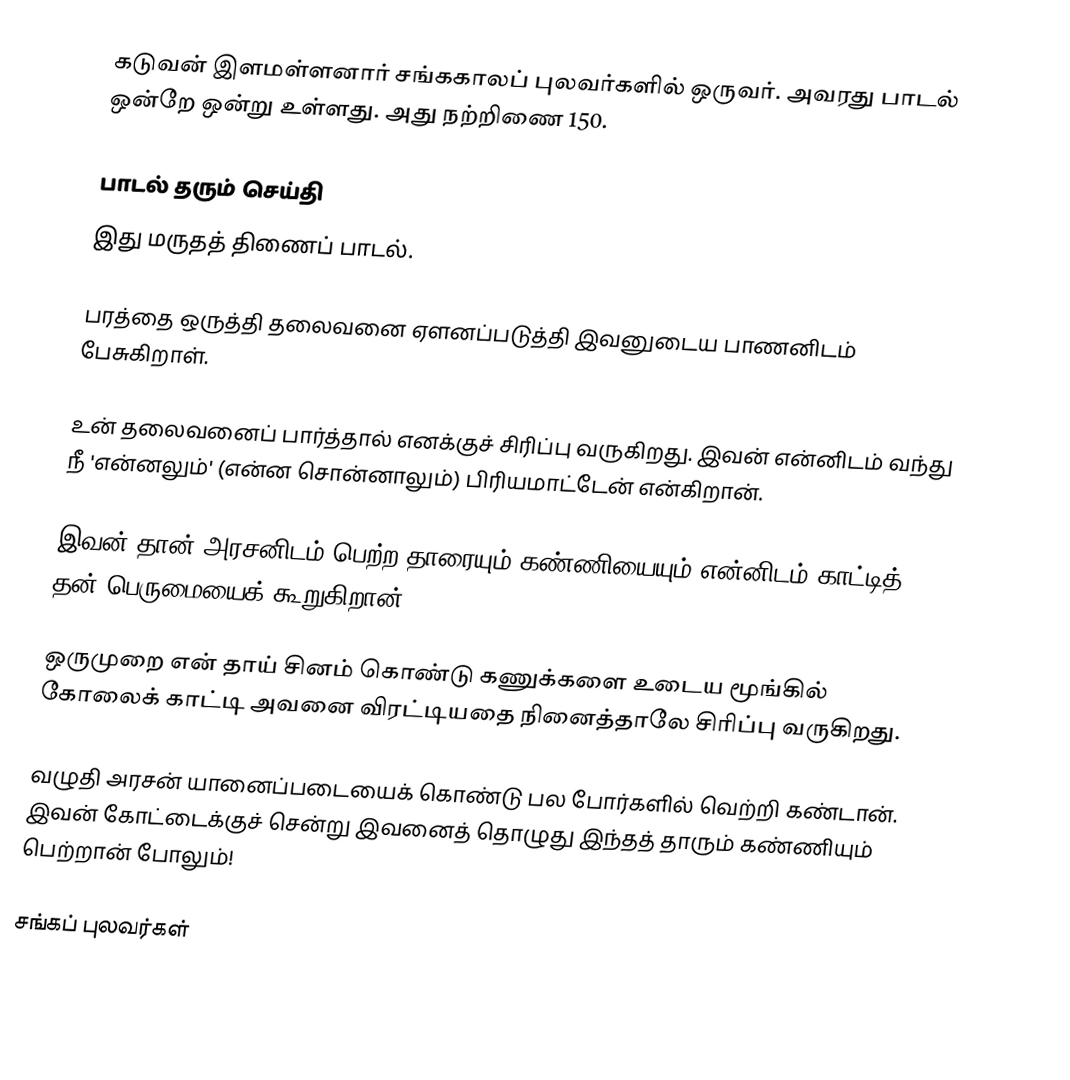
கடுவன் இளமள்ளனார் சங்ககாலப் புலவர்களில் ஒருவர். அவரது பாடல் ஒன்றே ஒன்று உள்ளது. அது நற்றிணை 150.

பாடல் தரும் செய்தி
இது மருதத் திணைப் பாடல்.

பரத்தை ஒருத்தி தலைவனை ஏளனப்படுத்தி இவனுடைய பாணனிடம் பேசுகிறாள்.

உன் தலைவனைப் பார்த்தால் எனக்குச் சிரிப்பு வருகிறது. இவன் என்னிடம் வந்து நீ 'என்னலும்' (என்ன சொன்னாலும்) பிரியமாட்டேன் என்கிறான்.

இவன் தான் அரசனிடம் பெற்ற தாரையும் கண்ணியையும் என்னிடம் காட்டித் தன் பெருமையைக் கூறுகிறான்.

ஒருமுறை என் தாய் சினம் கொண்டு கணுக்களை உடைய மூங்கில் கோலைக் காட்டி அவனை விரட்டியதை நினைத்தாலே சிரிப்பு வருகிறது.

வழுதி அரசன் யானைப்படையைக் கொண்டு பல போர்களில் வெற்றி கண்டான். இவன் கோட்டைக்குச் சென்று இவனைத் தொழுது இந்தத் தாரும் கண்ணியும் பெற்றான் போலும்!

சங்கப் புலவர்கள்